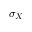
\sigma _ { X }